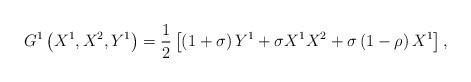
LaTeX: \begin{align*}G^{1}\left( X^{1},X^{2},Y^{1}\right) =\frac{1}{2}\left[ \left( 1+\sigma\right) Y^{1}+\sigma X^{1}X^{2}+\sigma \left( 1-\rho \right) X^{1}\right] ,\end{align*}